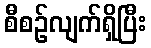
စီစဉ်လျက်ရှိပြီး